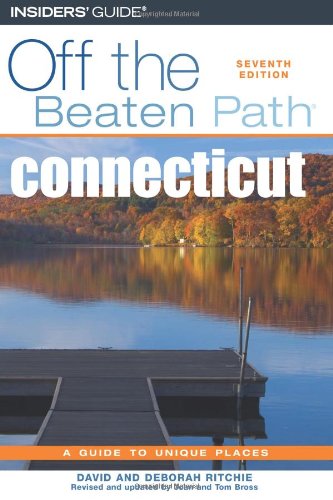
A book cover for Connecticut Off the Beaten Path, 7th (Off the Beaten Path Series); David Ritchie; Travel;